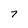
Character: 7